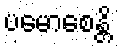
ပမောစေန္တိ